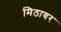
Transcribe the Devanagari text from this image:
मिठावर